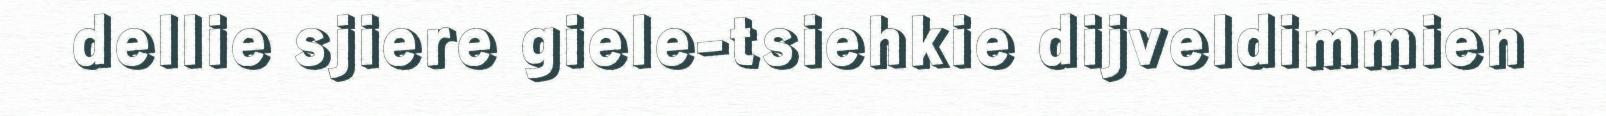
dellie sjiere giele-tsiehkie dijveldimmien